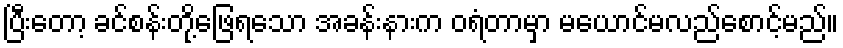
ပြီးတော့ ခင်စန်းတို့ဖြေရသော အခန်းနားက ဝရံတာမှာ မယောင်မလည်စောင့်မည်။